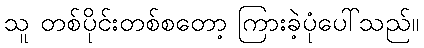
သူ တစ်ပိုင်းတစ်စတော့ ကြားခဲ့ပုံပေါ်သည်။